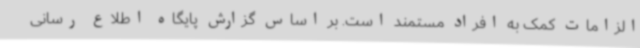
الزامات کمک به افراد مستمند است. بر اساس گزارش پایگاه اطلاع رسانی